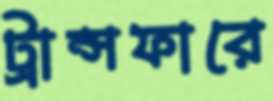
ট্রান্সফারে